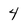
Character: 4